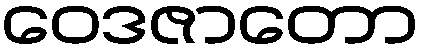
ဝေဒဇာတော